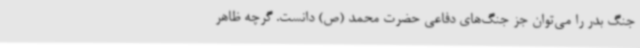
جنگ بدر را می‌توان جز جنگ‌های دفاعی حضرت محمد (ص) دانست. گرچه ظاهر